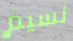
نسيم